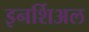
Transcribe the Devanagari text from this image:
इनर्शिअल